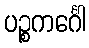
ပဉ္စကင်္ဂေါ